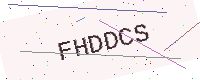
Text: FHDDCS